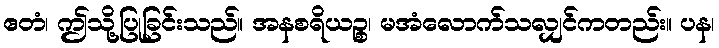
ဧတံ၊ ဤသို့ပြုခြင်းသည်။ အနစရိယဉ္စ၊ မအံလောက်သလျှင်ကတည်း။ ပန၊